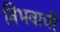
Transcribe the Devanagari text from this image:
विभवाची